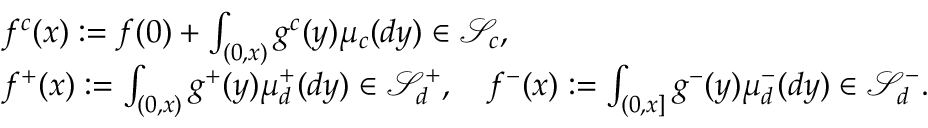
\begin{array} { r l } & { f ^ { c } ( x ) : = f ( 0 ) + \int _ { ( 0 , x ) } g ^ { c } ( y ) \mu _ { c } ( d y ) \in \mathscr { S } _ { c } , } \\ & { f ^ { + } ( x ) : = \int _ { ( 0 , x ) } g ^ { + } ( y ) \mu _ { d } ^ { + } ( d y ) \in \mathscr { S } _ { d } ^ { + } , \quad f ^ { - } ( x ) : = \int _ { ( 0 , x ] } g ^ { - } ( y ) \mu _ { d } ^ { - } ( d y ) \in \mathscr { S } _ { d } ^ { - } . } \end{array}